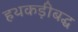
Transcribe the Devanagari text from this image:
हथकड़ीबद्ध